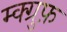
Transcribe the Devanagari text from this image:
म्क्ग्रुफ़